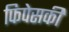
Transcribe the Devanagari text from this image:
फिपेसकी